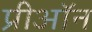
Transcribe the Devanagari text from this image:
प्रीऑन